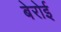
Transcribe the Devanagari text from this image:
बेरोई